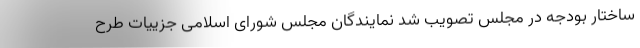
ساختار بودجه در مجلس تصویب شد نمایندگان مجلس شورای اسلامی جزییات طرح